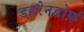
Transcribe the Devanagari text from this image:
डहरेनडोर्फ़